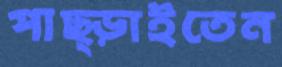
পাছ্‌ড়াইতেন